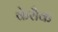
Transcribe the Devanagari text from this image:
केरौक